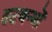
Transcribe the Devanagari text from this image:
तटबन्धों